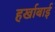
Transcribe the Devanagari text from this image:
हर्खाबाई